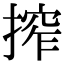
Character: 搾